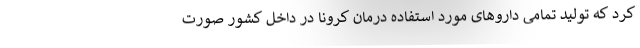
کرد که تولید تمامی داروهای مورد استفاده درمان کرونا در داخل کشور صورت